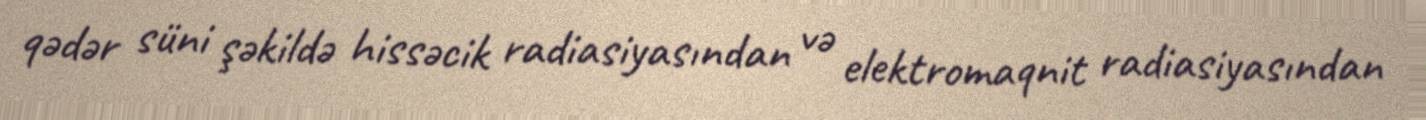
qədər süni şəkildə hissəcik radiasiyasından və elektromaqnit radiasiyasından